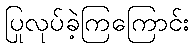
ပြုလုပ်ခဲ့ကြကြောင်း